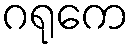
ဂရုကေ